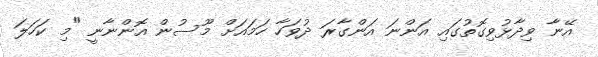
އޭނާ ވިދާޅުވިގޮތުގައި އަންނަ އަންގާރަ ދުވަހާ ހަމައަށް މޫސުން އޮންނާނީ "މި ކަހަލަ